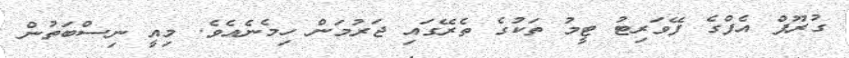
ގުރޫޕް އެފްގެ ފޭވަރިޓު ޓީމު ތަކުގެ ތެރޭގައި ޖަރުމަން ހިމެނެއެވެ. މިއީ ނިސްބަތުން